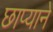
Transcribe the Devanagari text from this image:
छाप्याने